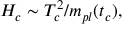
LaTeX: H _ { c } \sim T _ { c } ^ { 2 } / m _ { p l } ( t _ { c } ) ,